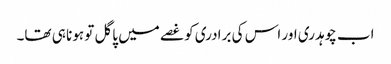
اب چوہدری اور اس کی برادری کو غصے میں پاگل تو ہونا ہی تھا۔